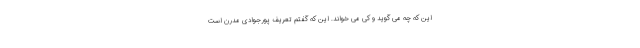
این که چه می گوید و کی می خواند. این که گفتم تعریف پورجوادی مدرن است